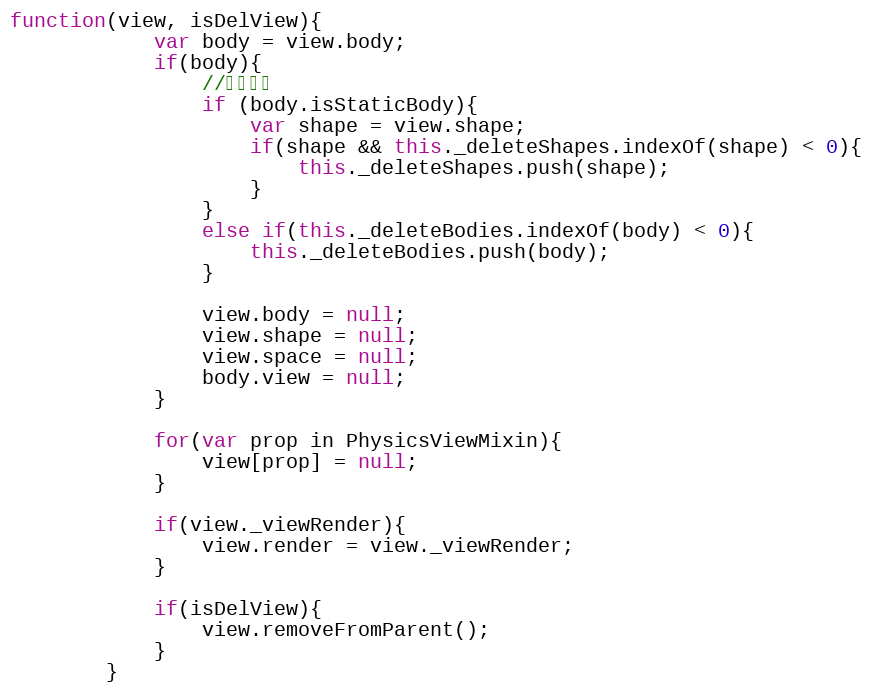
Language: JavaScript
function(view, isDelView){
            var body = view.body;
            if(body){
                //延迟删除
                if (body.isStaticBody){
                    var shape = view.shape;
                    if(shape && this._deleteShapes.indexOf(shape) < 0){
                        this._deleteShapes.push(shape);
                    }
                }
                else if(this._deleteBodies.indexOf(body) < 0){
                    this._deleteBodies.push(body);
                }

                view.body = null;
                view.shape = null;
                view.space = null;
                body.view = null;
            }

            for(var prop in PhysicsViewMixin){
                view[prop] = null;
            }

            if(view._viewRender){
                view.render = view._viewRender;
            }

            if(isDelView){
                view.removeFromParent();
            }
        }